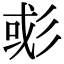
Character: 𢒖